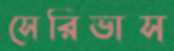
সেরিভাস